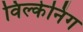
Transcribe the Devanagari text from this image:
विल्केनिंग